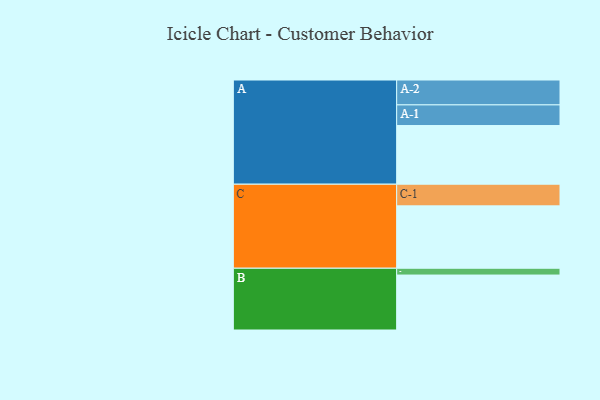
{"axis": {"x": "Segment", "y": "Value"}, "legend": ["", "A", "B", "C"], "data": [{"x": "A", "y": 474, "type": ""}, {"x": "B", "y": 444, "type": ""}, {"x": "C", "y": 504, "type": ""}, {"x": "A-1", "y": 167, "type": "A"}, {"x": "A-2", "y": 201, "type": "A"}, {"x": "B-1", "y": 55, "type": "B"}, {"x": "C-1", "y": 175, "type": "C"}]}